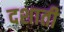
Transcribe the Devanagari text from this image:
दशाती